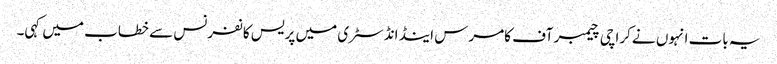
یہ بات انہوں نے کراچی چیمبر آف کامرس اینڈ انڈسٹری میں پریس کانفرنس سے خطاب میں کہی۔